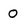
Character: O